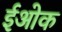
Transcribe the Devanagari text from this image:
ईओक